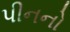
પીનનો